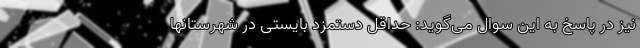
نیز در پاسخ به این سوال می‌گوید: حداقل دستمزد بایستی در شهرستانها